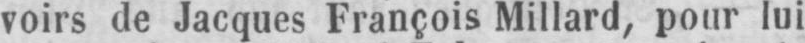
voirs de Jacques François Millard, pour lui